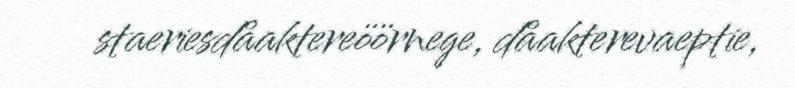
staeriesdåaktereöörnege, dåakterevaeptie,